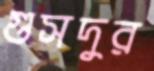
গুসদুর